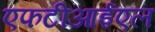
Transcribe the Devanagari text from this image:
एफटीआईएल